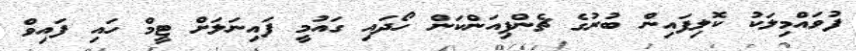
ފުވައްމިލަކު ކޮލިފައިން ބުރުގެ ޗެންޕިއަންކަން ހޯދައި ގައުމީ ފައިނަލަށް ޓީމް ހައި ފައިވް